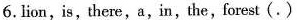
6.lion,is,there,a,in,the,forest(.)